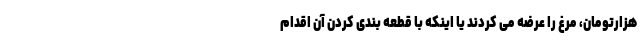
هزارتومان، مرغ را عرضه می کردند یا اینکه با قطعه بندی کردن آن اقدام